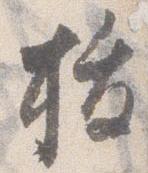
指